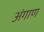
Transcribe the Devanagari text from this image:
अंगाण